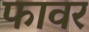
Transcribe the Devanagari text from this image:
फावर